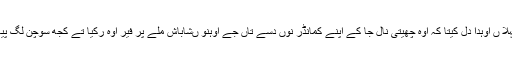
پہلا ں اوہدا دل کیتا کہ اوہ چھیتی نال جا کے اپنے کمانڈر نوں دسے تاں جے اوہنو ںشاباش ملے پر فیر اوہ رکیا تے کجھ سوچن لگ پیا۔